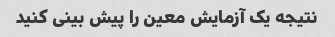
نتیجه یک آزمایش معین را پیش بینی کنید